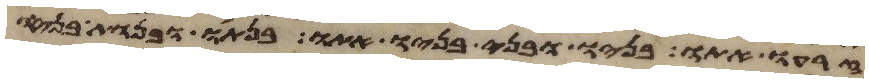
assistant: זרעו אתו בניו ובני בניו אתו בנתיו ובנות בניו